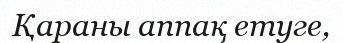
Қараны аппақ етуге,